Burma Government Medical School reports 1907-22
Year: 1907
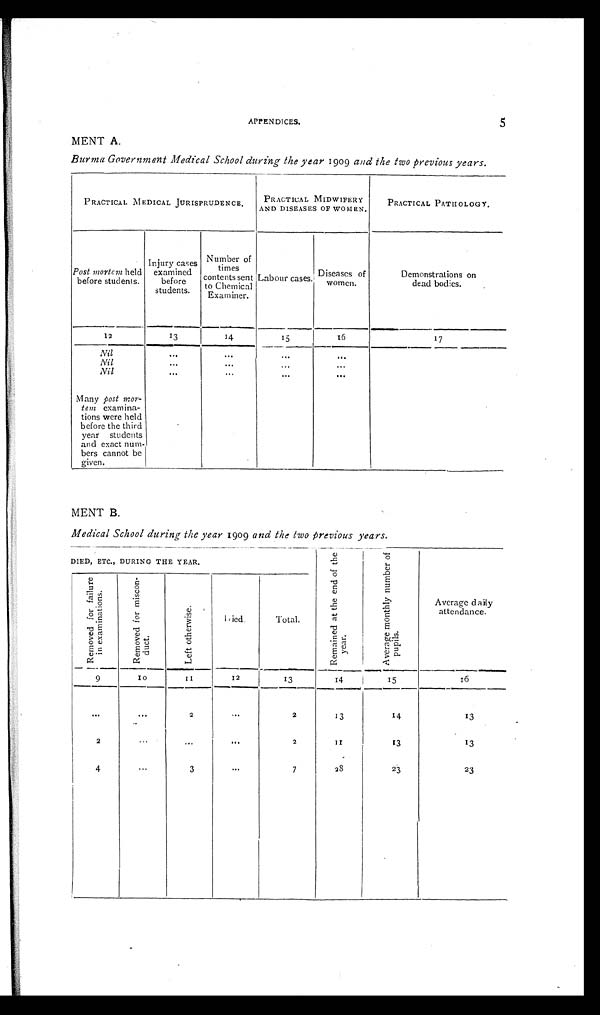
5
APPEN DICES.
MENT A.
Burma Government Medical School during the year 1909 and the Iwo previous years.
PRACTICAL MEDICAL JURISPRUDENCE.
PRACTICAL MIDWIFERY
AND DISEASES OF WOMEN.
PRACTICAL PATHOLOGY.
Post mortem held
before students.
Injury cases
examined
before
ents .
students. d
Number of
times
contents sent
to Chemical
Examiner.
Labour cases.
Diseases of
women.
Demonstrations on
dead bodices.
12
13
14
1 2
12
17
Nil
... ... ...
...
Nil
...
...
... ...
Nil
... ... ... ...
Many post mor-
team examina-
tions were held
before the third
year students
and exact num-
bers cannot be
given.
MENT B.
Medical School during the year 1909 and the Iwo previous years.
DIED, ETC., DURING THE YEAR.
R e m a i n d a t t h e e n d o f t h e y e a r .
Average d a ily
attendance.
R e m o v e d f o r f a i l u r s i n e x a m i n a t i o n s .
R e m o v e d f o r m i s c o n d u c t .
L e f t o t h e r w i s e D ied
Total.
9
1 0
II
12
13
1 4
15
1 6
... ...
2
...
2
13
14
13
2
... ... ...
2
1 1
13
13
4
...
3
...
7
28
23
23